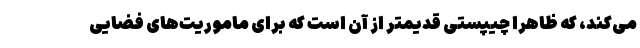
می‌کند، که ظاهرا چیپستی قدیمتر از آن است که برای ماموریت‌های فضایی